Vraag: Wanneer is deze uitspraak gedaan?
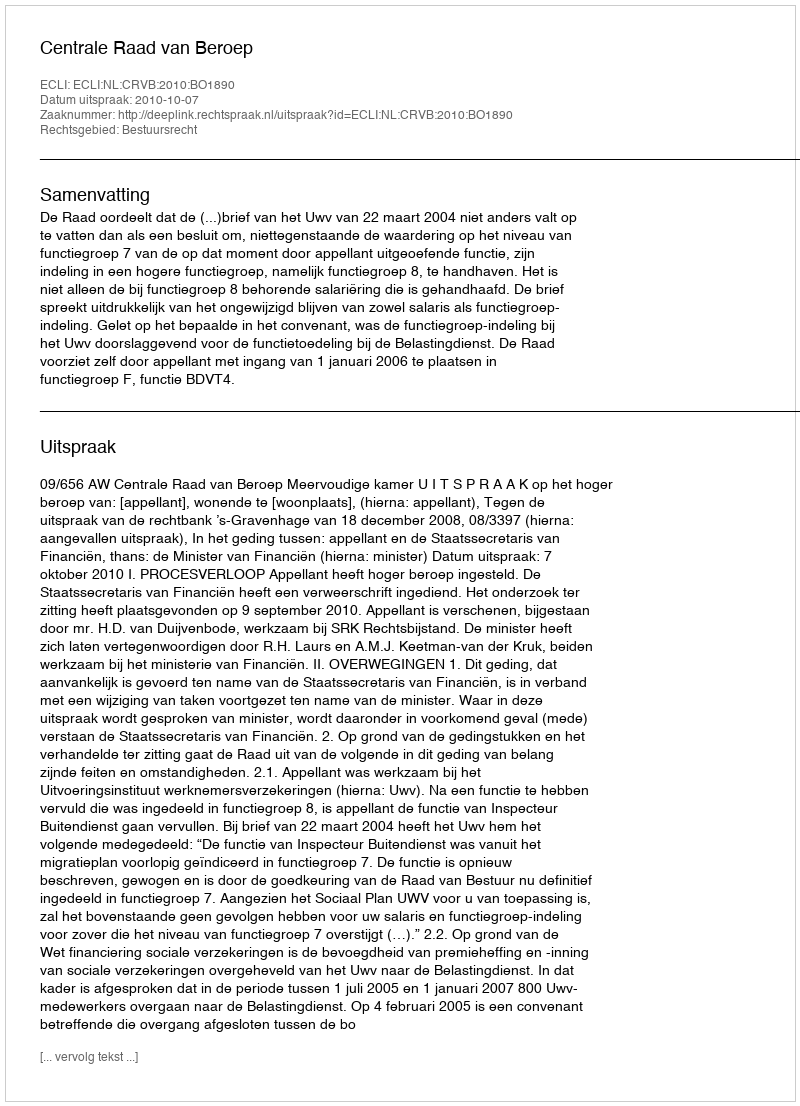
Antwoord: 2010-10-07